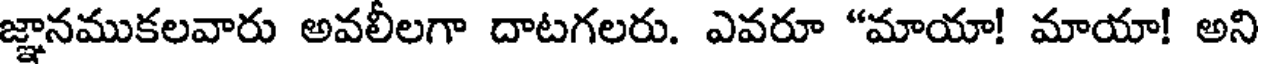
జ్ఞానముకలవారు అవలీలగా దాటగలరు. ఎవరూ "మాయా! మాయా! అని